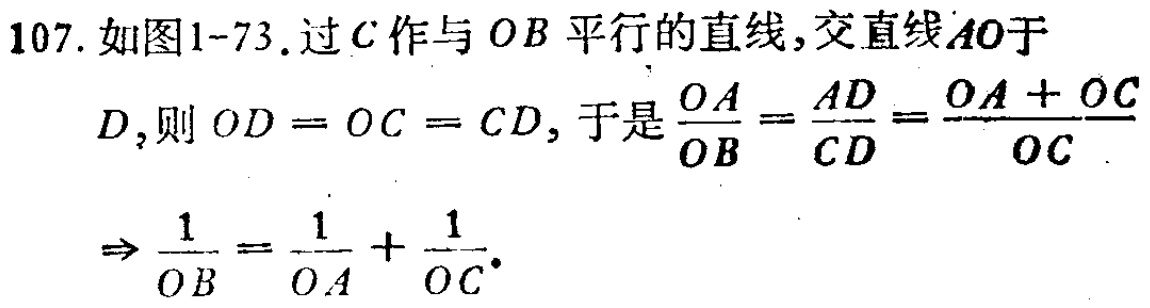
107. 如图1-73. 过\(C\)作与\(OB\)平行的直线, 交直线\(AO\)于

\(D\), 则 \(OD = OC = CD\), 于是\(\frac{OA}{OB}=\frac{AD}{CD}=\frac{OA + OC}{OC}\)

\(\Rightarrow\frac{1}{OB}=\frac{1}{OA}+\frac{1}{OC}\).